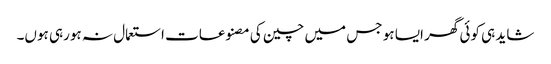
شاید ہی کوئی گھر ایسا ہو جس میں چین کی مصنوعات استعمال نہ ہورہی ہوں۔